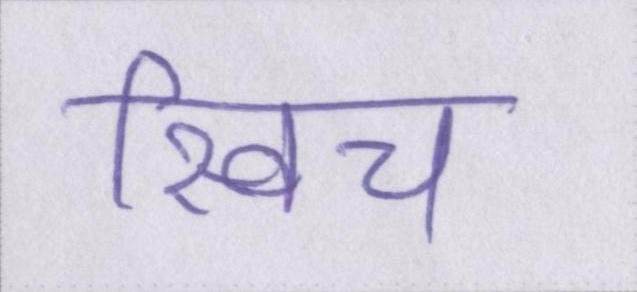
स्विच